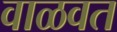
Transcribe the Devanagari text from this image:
वाळवत